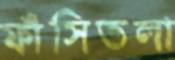
ফাঁসিতলা